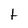
Character: t